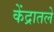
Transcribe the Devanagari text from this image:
केंद्रातले